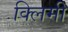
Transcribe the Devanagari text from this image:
क्लिमी